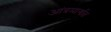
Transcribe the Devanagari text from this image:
आंत्रमार्गात